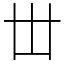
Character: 丗